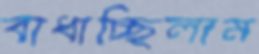
বাধাচ্ছিলাম